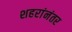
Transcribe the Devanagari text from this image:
शहरांनंतर